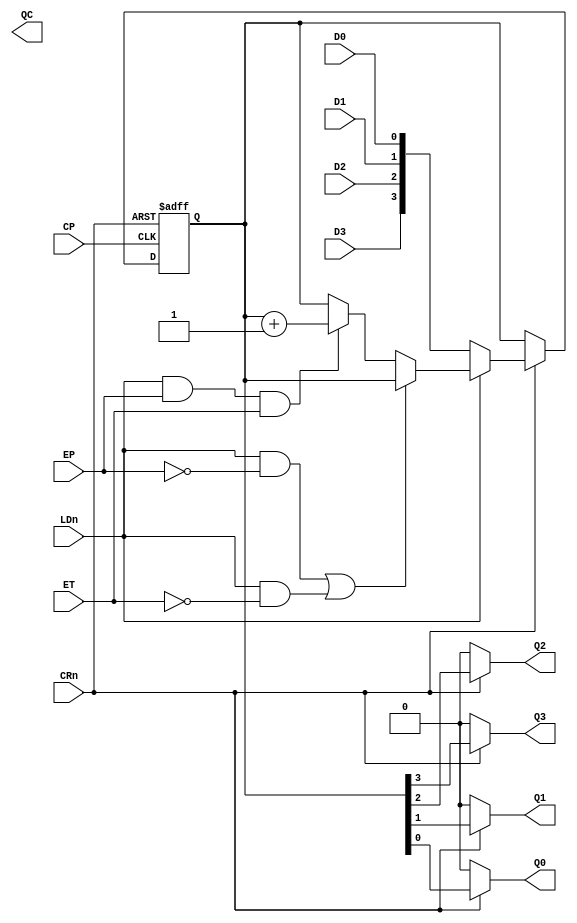
`timescale 1ns / 1ps
//////////////////////////////////////////////////////////////////////////////////
// Company: 
// Engineer: 
// 
// Design Name: 
// Module Name: 74LS161
// Project Name: 
// Target Devices: 
// Tool Versions: 
// Description: 
// 
// Dependencies: 
// 
// Revision:
// Revision 0.01 - File Created
// Additional Comments:
// 
//////////////////////////////////////////////////////////////////////////////////


module counter_74LS161(
input CRn,
input CP,
input LDn,
input EP,
input ET,
input D0,
input D1,
input D2,
input D3,
output Q3,
output Q2,
output Q1,
output Q0,
output QC

    );
    
    reg [3:0]Q_tmp;
    assign Q3=(CRn==0)?0:Q_tmp[3];
    assign Q2=(CRn==0)?0:Q_tmp[2];
    assign Q1=(CRn==0)?0:Q_tmp[1];
    assign Q0=(CRn==0)?0:Q_tmp[0];
    
    always@(posedge CP or negedge CRn)
        if(CRn==0)
            Q_tmp<=0;
        else if(CRn==1)
        begin
            if(LDn==0)
                Q_tmp<={D3,D2,D1,D0};
            else if((LDn==1 && EP==0) | (LDn==1 && ET==0))
                Q_tmp<=Q_tmp;
            else if(LDn==1 && EP==1 && ET==1)
                Q_tmp<=Q_tmp+1;
        end
 
                
    
    
endmodule